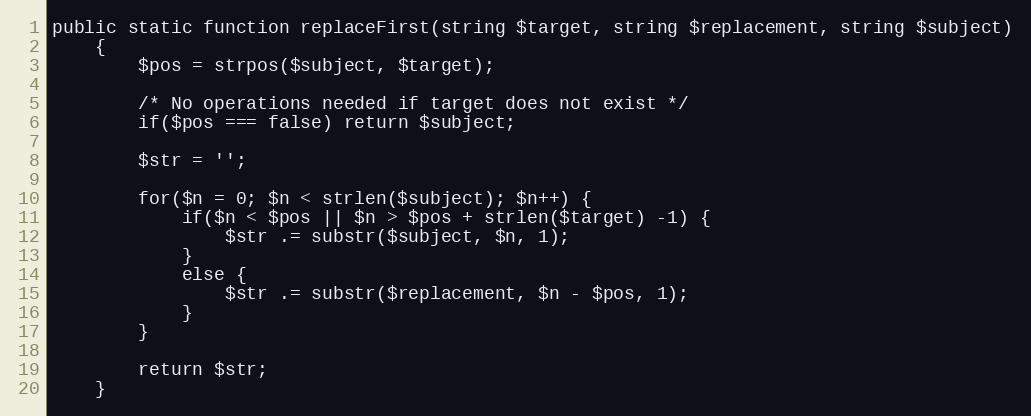
Language: PHP
public static function replaceFirst(string $target, string $replacement, string $subject)
    {
        $pos = strpos($subject, $target);

        /* No operations needed if target does not exist */
        if($pos === false) return $subject;

        $str = '';

        for($n = 0; $n < strlen($subject); $n++) {
            if($n < $pos || $n > $pos + strlen($target) -1) {
                $str .= substr($subject, $n, 1);
            }
            else {
                $str .= substr($replacement, $n - $pos, 1);
            }
        }

        return $str;
    }